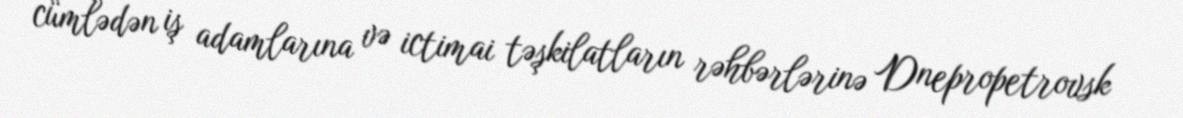
cümlədən iş adamlarına və ictimai təşkilatların rəhbərlərinə Dnepropetrovsk